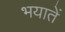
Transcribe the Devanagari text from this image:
भयातें